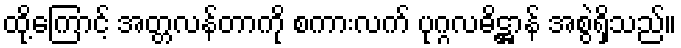
ထို့ကြောင့် အတ္တလန်တာကို စကားလက် ပုဂ္ဂလဓိဋ္ဌာန် အစွဲရှိသည်။